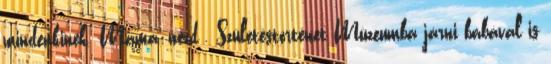
mindenkinek. Mama, nézd , Születéstörténet Múzeumba járni babával is